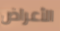
الأعراض